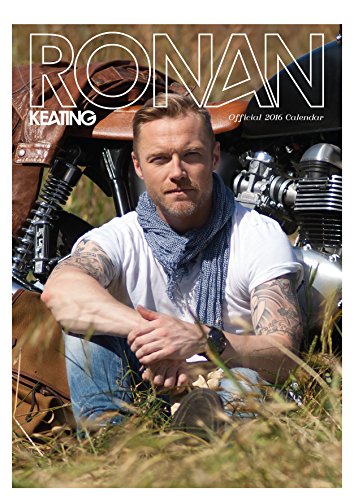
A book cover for The Official Ronan Keating 2016 A3 Calendar; Calendars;